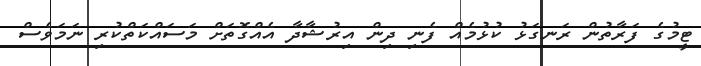
ޓީމުގެ ފަރާތުން ރަނގަޅު ކުޅުމެއް ފެނި ދިން އިރުޝާދާ އެއްގޮތަށް މަސައްކަތްކުރި ނަމަވެސް